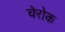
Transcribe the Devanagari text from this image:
चेरोक